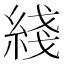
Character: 綫